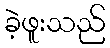
ခဲ့ဖူးသည်